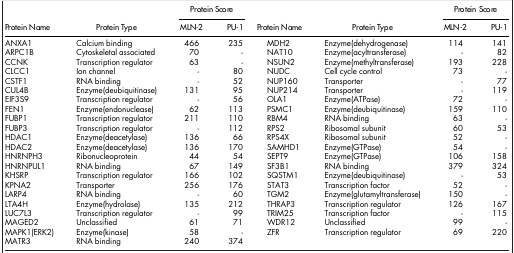
<table><thead><tr><td rowspan="2"><b>Protein Name</b></td><td rowspan="2"><b>Protein Type</b></td><td colspan="2"><b>Protein Score</b></td><td rowspan="2"><b>Protein Name</b></td><td rowspan="2"><b>Protein Type</b></td><td colspan="2"><b>Protein Score</b></td></tr><tr><td><b>MLN-2</b></td><td><b>PU-1</b></td><td><b>MLN-2</b></td><td><b>PU-1</b></td></tr></thead><tbody><tr><td>ANXA1</td><td>Calcium binding</td><td>466</td><td>235</td><td>MDH2</td><td>Enzyme(dehydrogenase)</td><td>114</td><td>141</td></tr><tr><td>ARPC1B</td><td>Cytoskeletal associated</td><td>70</td><td>-</td><td>NAT10</td><td>Enzyme(acyltransferase)</td><td>-</td><td>82</td></tr><tr><td>CCNK</td><td>Transcription regulator</td><td>63</td><td>-</td><td>NSUN2</td><td>Enzyme(methyltransferase)</td><td>193</td><td>228</td></tr><tr><td>CLCC1</td><td>Ion channel</td><td>-</td><td>80</td><td>NUDC</td><td>Cell cycle control</td><td>73</td><td>-</td></tr><tr><td>CSTF1</td><td>RNA binding</td><td>-</td><td>52</td><td>NUP160</td><td>Transporter</td><td>-</td><td>77</td></tr><tr><td>CUL4B</td><td>Enzyme(deubiquitinase)</td><td>131</td><td>95</td><td>NUP214</td><td>Transporter</td><td>-</td><td>119</td></tr><tr><td>EIF3S9</td><td>Transcription regulator</td><td>-</td><td>56</td><td>OLA1</td><td>Enzyme(ATPase)</td><td>72</td><td>-</td></tr><tr><td>FEN1</td><td>Enzyme(endonuclease)</td><td>62</td><td>113</td><td>PSMC1</td><td>Enzyme(deubiquitinase)</td><td>159</td><td>110</td></tr><tr><td>FUBP1</td><td>Transcription regulator</td><td>211</td><td>110</td><td>RBM4</td><td>RNA binding</td><td>63</td><td>-</td></tr><tr><td>FUBP3</td><td>Transcription regulator</td><td>-</td><td>112</td><td>RPS2</td><td>Ribosomal subunit</td><td>60</td><td>53</td></tr><tr><td>HDAC1</td><td>Enzyme(deacetylase)</td><td>136</td><td>66</td><td>RPS4X</td><td>Ribosomal subunit</td><td>52</td><td>-</td></tr><tr><td>HDAC2</td><td>Enzyme(deacetylase)</td><td>136</td><td>170</td><td>SAMHD1</td><td>Enzyme(GTPase)</td><td>54</td><td>-</td></tr><tr><td>HNRNPH3</td><td>Ribonucleoprotein</td><td>44</td><td>54</td><td>SEPT9</td><td>Enzyme(GTPase)</td><td>106</td><td>158</td></tr><tr><td>HNRNPUL1</td><td>RNA binding</td><td>67</td><td>149</td><td>SF3B1</td><td>RNA binding</td><td>379</td><td>324</td></tr><tr><td>KHSRP</td><td>Transcription regulator</td><td>166</td><td>102</td><td>SQSTM1</td><td>Enzyme(deubiquitinase)</td><td>-</td><td>53</td></tr><tr><td>KPNA2</td><td>Transporter</td><td>256</td><td>176</td><td>STAT3</td><td>Transcription factor</td><td>52</td><td>-</td></tr><tr><td>LARP4</td><td>RNA binding</td><td>-</td><td>60</td><td>TGM2</td><td>Enzyme(glutamyltransferase)</td><td>150</td><td>-</td></tr><tr><td>LTA4H</td><td>Enzyme(hydrolase)</td><td>135</td><td>212</td><td>THRAP3</td><td>Transcription regulator</td><td>126</td><td>167</td></tr><tr><td>LUC7L3</td><td>Transcription regulator</td><td>-</td><td>99</td><td>TRIM25</td><td>Transcription factor</td><td>-</td><td>115</td></tr><tr><td>MAGED2</td><td>Unclassified</td><td>61</td><td>71</td><td>WDR12</td><td>Unclassified</td><td>99</td><td>-</td></tr><tr><td>MAPK1(ERK2)</td><td>Enzyme(kinase)</td><td>58</td><td>-</td><td>ZFR</td><td>Transcription regulator</td><td>69</td><td>220</td></tr><tr><td>MATR3</td><td>RNA binding</td><td>240</td><td>374</td><td> </td><td> </td><td> </td><td> </td></tr></tbody></table>